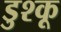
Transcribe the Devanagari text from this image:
डुश्कू